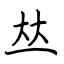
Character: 𠀤